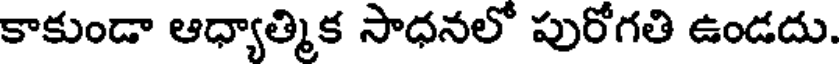
కాకుండా ఆధ్యాత్మిక సాధనలో పురోగతి ఉండదు.